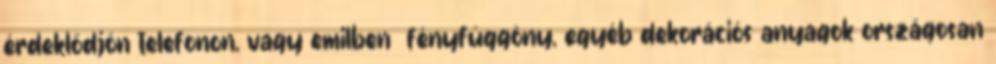
érdeklődjön telefonon, vagy emilben fényfüggöny, egyéb dekorációs anyagok országosan